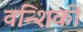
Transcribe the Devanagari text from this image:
वन्शिकी